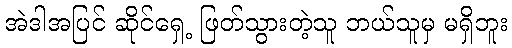
အဲဒါအပြင် ဆိုင်ရှေ့ ဖြတ်သွားတဲ့သူ ဘယ်သူမှ မရှိဘူး